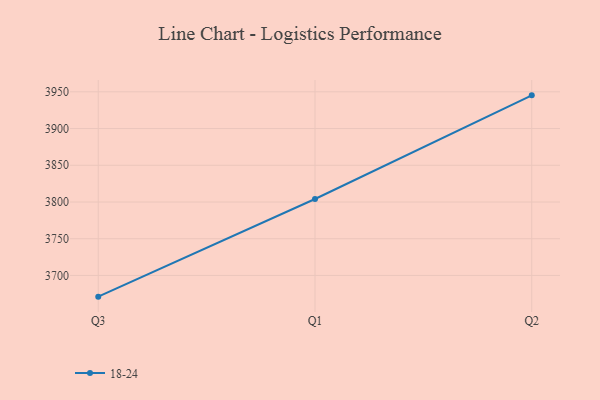
{"axis": {"x": "Quarter", "y": "Conversion Rate (%)"}, "legend": ["18-24"], "data": [{"x": "Q3", "y": 3671.1, "type": "18-24"}, {"x": "Q1", "y": 3804.1, "type": "18-24"}, {"x": "Q2", "y": 3945.2, "type": "18-24"}]}